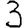
Digit: 3